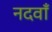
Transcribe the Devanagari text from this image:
नदवाँ